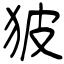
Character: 狓